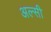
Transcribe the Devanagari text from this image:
अल्सी